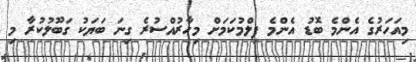
މިއަހަރުގެ އެންމެ ބޮޑު އެންމެ ފިލްމުކަމަށް މިހާރުއްސުރެ ގިނަ ބަޔަކު ގަބޫލުކުރާ މި